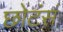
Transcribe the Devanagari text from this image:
छोटंसं